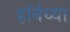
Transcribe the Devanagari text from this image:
हाॅर्नच्या